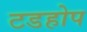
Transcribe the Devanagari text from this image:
टडहोप